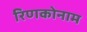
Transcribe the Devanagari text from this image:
रिणकोनाम